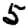
Digit: 5